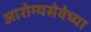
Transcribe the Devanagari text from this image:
आरोग्यसेवेच्या